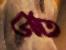
উপ্ত